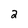
Character: 2